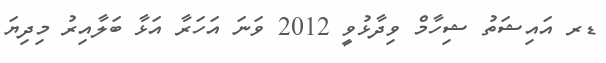
ޑރ އައިޝަތު ޝިހާމް ވިދާޅުވީ 2012 ވަނަ އަހަރާ އަޅާ ބަލާއިރު މިދިޔަ